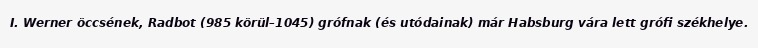
I. Werner öccsének, Radbot (985 körül–1045) grófnak (és utódainak) már Habsburg vára lett grófi székhelye.